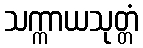
သက္ကာယသုတ္တံ